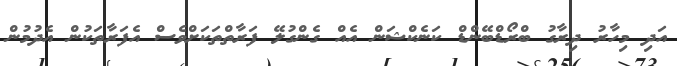
އަދި މިހާރު ދިރާގު ބްރޯޑްބޭންޑް ކަނެކްޝަން އެއް ގެންގުލޭ ފަރާތްތަކަށްވެސް އެފަރާތަކުން އެދުމުން